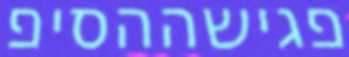
פגישההסיפ